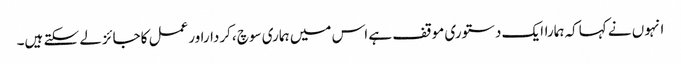
انہوں نے کہاکہ ہماراایک دستوری موقف ہے اس میں ہماری سوچ ،کرداراورعمل کاجائزلے سکتے ہیں۔